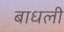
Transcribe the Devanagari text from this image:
बाधली